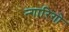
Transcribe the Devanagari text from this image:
न्गारिगो